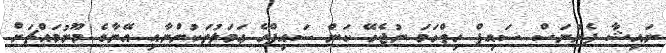
ނައިޝާ ފެނުނަސް ސައިފް ހިތްހަމަ ނުޖެހޭ ކަން ސައިފްގެ ޢަމަލުތަކުންނާއި އޭނާގެ މޫނުމައްޗަށް